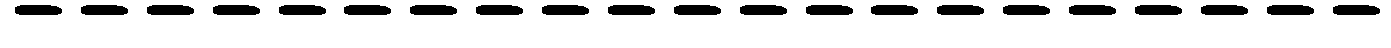
---------------------